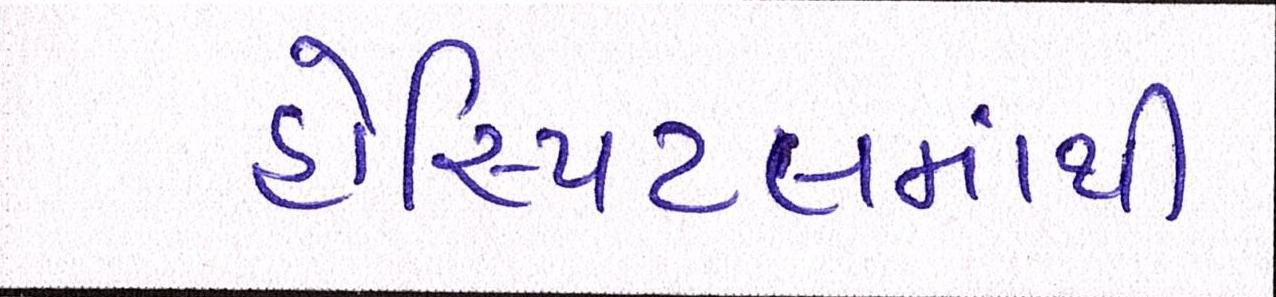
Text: હોસ્પિટલમાંથી